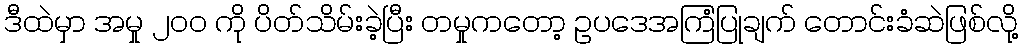
ဒီထဲမှာ အမှု ၂၀၀ ကို ပိတ်သိမ်းခဲ့ပြီး တမှုကတော့ ဥပဒေအကြံပြုချက် တောင်းခံဆဲဖြစ်လို့